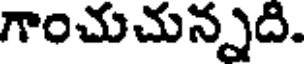
గాంచుచున్నది.